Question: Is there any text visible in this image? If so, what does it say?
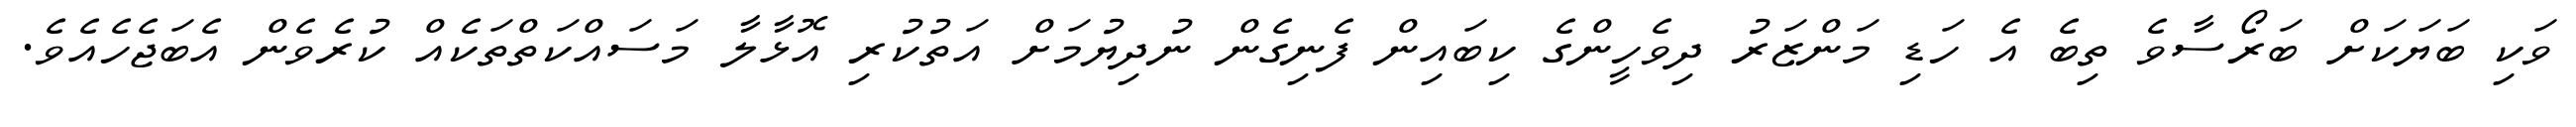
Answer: ވަކި ބަޔަކަށް ބަރޯސާވެ ތިބެ އެ ހަޑި މަންޒަރު ދިވެހީންގެ ކިބައިން ފެނިގެން ނުދިޔުމަށް އަތުކުރި އޮޅާލާ މަސައްކަތްތަކެއް ކުރެވެން އެބަޖެހެއެވެ.